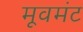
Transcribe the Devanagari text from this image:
मूवमंट